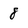
Character: 8